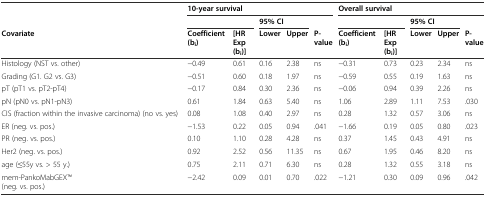
<table><thead><tr><td></td><td colspan="5"><b>10-year survival</b></td><td colspan="5"><b>Overall survival</b></td></tr><tr><td></td><td colspan="2"></td><td colspan="2"><b>95% CI</b></td><td></td><td colspan="2"></td><td colspan="2"><b>95% CI</b></td><td></td></tr><tr><td><b>Covariate</b></td><td><b>Coefficient (b<sub>i</sub>)</b></td><td><b>[HR Exp (b<sub>i</sub>)]</b></td><td><b>Lower</b></td><td><b>Upper</b></td><td><b>P-value</b></td><td><b>Coefficient (b<sub>i</sub>)</b></td><td><b>[HR Exp (b<sub>i</sub>)]</b></td><td><b>Lower</b></td><td><b>Upper</b></td><td><b>P-value</b></td></tr></thead><tbody><tr><td>Histology (NST vs. other)</td><td>−0.49</td><td>0.61</td><td>0.16</td><td>2.38</td><td>ns</td><td>−0.31</td><td>0.73</td><td>0.23</td><td>2.34</td><td>ns</td></tr><tr><td>Grading (G1. G2 vs. G3)</td><td>−0.51</td><td>0.60</td><td>0.18</td><td>1.97</td><td>ns</td><td>−0.59</td><td>0.55</td><td>0.19</td><td>1.63</td><td>ns</td></tr><tr><td>pT (pT1 vs. pT2-pT4)</td><td>−0.17</td><td>0.84</td><td>0.30</td><td>2.36</td><td>ns</td><td>−0.06</td><td>0.94</td><td>0.39</td><td>2.26</td><td>ns</td></tr><tr><td>pN (pN0 vs. pN1-pN3)</td><td>0.61</td><td>1.84</td><td>0.63</td><td>5.40</td><td>ns</td><td>1.06</td><td>2.89</td><td>1.11</td><td>7.53</td><td>.030</td></tr><tr><td>CIS (fraction within the invasive carcinoma) (no vs. yes)</td><td>0.08</td><td>1.08</td><td>0.40</td><td>2.97</td><td>ns</td><td>0.28</td><td>1.32</td><td>0.57</td><td>3.06</td><td>ns</td></tr><tr><td>ER (neg. vs. pos.)</td><td>−1.53</td><td>0.22</td><td>0.05</td><td>0.94</td><td>.041</td><td>−1.66</td><td>0.19</td><td>0.05</td><td>0.80</td><td>.023</td></tr><tr><td>PR (neg. vs. pos.)</td><td>0.10</td><td>1.10</td><td>0.28</td><td>4.28</td><td>ns</td><td>0.37</td><td>1.45</td><td>0.43</td><td>4.91</td><td>ns</td></tr><tr><td>Her2 (neg. vs. pos.)</td><td>0.92</td><td>2.52</td><td>0.56</td><td>11.35</td><td>ns</td><td>0.67</td><td>1.95</td><td>0.46</td><td>8.20</td><td>ns</td></tr><tr><td>age (≤55y vs. &gt; 55 y.)</td><td>0.75</td><td>2.11</td><td>0.71</td><td>6.30</td><td>ns</td><td>0.28</td><td>1.32</td><td>0.55</td><td>3.18</td><td>ns</td></tr><tr><td>mem-PankoMabGEXTM (neg. vs. pos.)</td><td>−2.42</td><td>0.09</td><td>0.01</td><td>0.70</td><td>.022</td><td>−1.21</td><td>0.30</td><td>0.09</td><td>0.96</td><td>.042</td></tr></tbody></table>